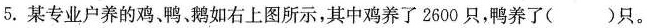
5. 某专业户养的鸡、鸭、鹅如右上图所示，其中鸡养了2600只，鸭养了()只。